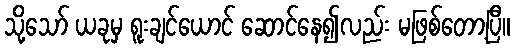
သို့သော် ယခုမှ ရူးချင်ယောင် ဆောင်နေ၍လည်း မဖြစ်တော့ပြီ။